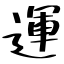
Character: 運